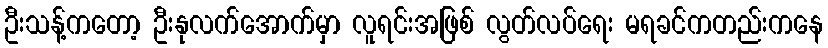
ဦးသန့်ကတော့ ဦးနုလက်အောက်မှာ လူရင်းအဖြစ် လွတ်လပ်ရေး မရခင်ကတည်းကနေ